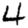
Digit: 4